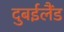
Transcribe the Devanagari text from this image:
दुबईलैंड